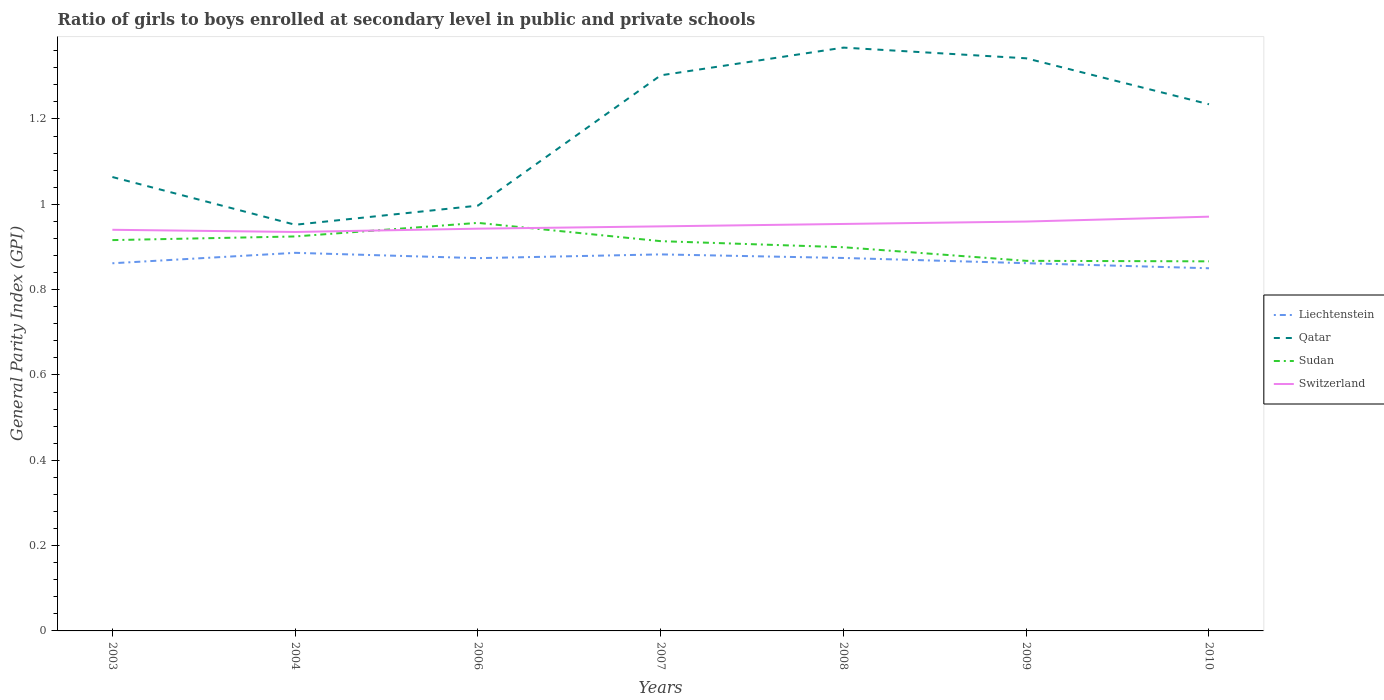
| Years | Liechtenstein | Qatar | Sudan | Switzerland |
 | --- | --- | --- | --- | --- |
 | 2003 | 0.862 | 1.06 | 0.916 | 0.94 |
 | 2004 | 0.886 | 0.952 | 0.925 | 0.935 |
 | 2006 | 0.874 | 0.997 | 0.956 | 0.943 |
 | 2007 | 0.883 | 1.3 | 0.914 | 0.948 |
 | 2008 | 0.874 | 1.37 | 0.899 | 0.954 |
 | 2009 | 0.862 | 1.34 | 0.867 | 0.96 |
 | 2010 | 0.85 | 1.23 | 0.866 | 0.971 |